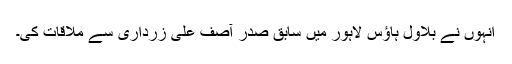
انہوں نے بلاول ہاؤس لاہور میں سابق صدر آصف علی زرداری سے ملاقات کی۔